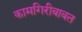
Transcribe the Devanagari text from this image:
कामगिरीबाबत